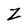
Character: Z